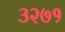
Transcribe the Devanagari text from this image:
३२७१